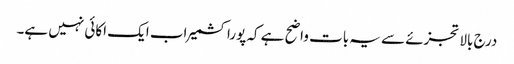
درج بالا تجزئے سے یہ بات واضح ہے کہ پوراکشمیر اب ایک اکائی نہیں ہے۔